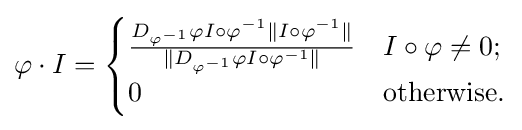
\varphi \cdot I={\begin{cases}{\frac {D_{\varphi ^{-1}}\varphi I\circ \varphi ^{-1}\|I\circ \varphi ^{-1}\|}{\|D_{\varphi ^{-1}}\varphi I\circ \varphi ^{-1}\|}}&I\circ \varphi \neq 0;\\0&{\text{otherwise.}}\end{cases}}